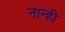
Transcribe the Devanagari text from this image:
नान्ही